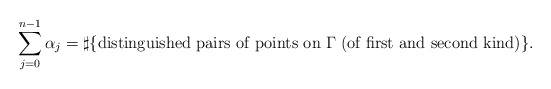
\begin{align*} \sum_{j=0}^{n-1} \alpha_j = \sharp\{\mbox{distinguished pairs of points on $\Gamma$}\; \mbox{(of first and second kind)}\}.\end{align*}